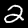
Label: 2